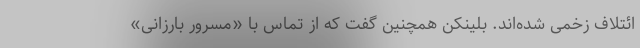
ائتلاف زخمی شده‌اند. بلینکن همچنین گفت که از تماس با «مسرور بارزانی»